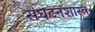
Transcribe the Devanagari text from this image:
संघटनशास्त्र